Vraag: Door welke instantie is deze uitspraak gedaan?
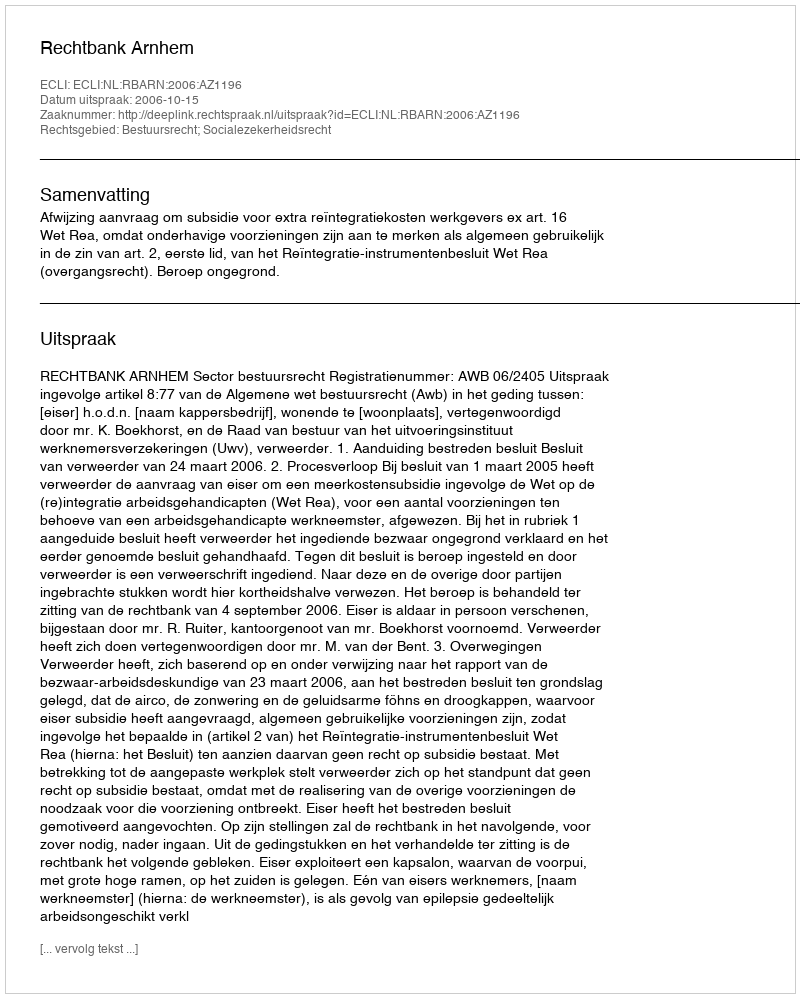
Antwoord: Rechtbank Arnhem